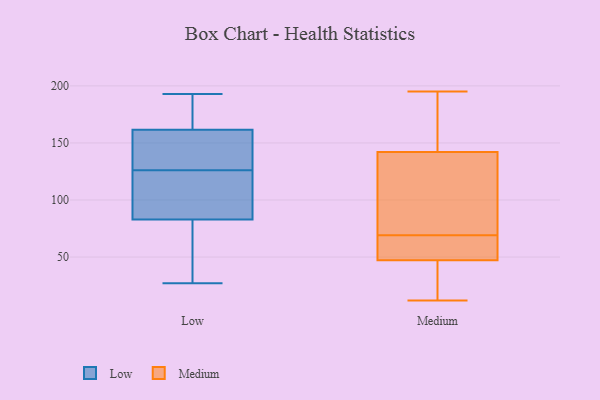
{"axis": {"x": "Satisfaction Score", "y": "Value"}, "legend": ["Low", "Medium"], "data": [{"x": "", "y": 108, "type": "Low"}, {"x": "", "y": 161, "type": "Low"}, {"x": "", "y": 82, "type": "Low"}, {"x": "", "y": 174, "type": "Low"}, {"x": "", "y": 50, "type": "Low"}, {"x": "", "y": 157, "type": "Low"}, {"x": "", "y": 155, "type": "Low"}, {"x": "", "y": 193, "type": "Low"}, {"x": "", "y": 98, "type": "Low"}, {"x": "", "y": 84, "type": "Low"}, {"x": "", "y": 167, "type": "Low"}, {"x": "", "y": 129, "type": "Low"}, {"x": "", "y": 27, "type": "Low"}, {"x": "", "y": 50, "type": "Low"}, {"x": "", "y": 65, "type": "Low"}, {"x": "", "y": 189, "type": "Low"}, {"x": "", "y": 112, "type": "Low"}, {"x": "", "y": 133, "type": "Low"}, {"x": "", "y": 162, "type": "Low"}, {"x": "", "y": 123, "type": "Low"}, {"x": "", "y": 69, "type": "Medium"}, {"x": "", "y": 133, "type": "Medium"}, {"x": "", "y": 176, "type": "Medium"}, {"x": "", "y": 56, "type": "Medium"}, {"x": "", "y": 48, "type": "Medium"}, {"x": "", "y": 12, "type": "Medium"}, {"x": "", "y": 27, "type": "Medium"}, {"x": "", "y": 64, "type": "Medium"}, {"x": "", "y": 112, "type": "Medium"}, {"x": "", "y": 90, "type": "Medium"}, {"x": "", "y": 195, "type": "Medium"}, {"x": "", "y": 169, "type": "Medium"}, {"x": "", "y": 45, "type": "Medium"}]}